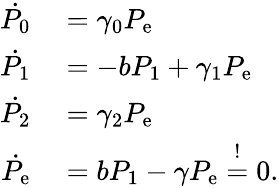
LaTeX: \begin{array}{rl}{\dot{P_{0}}}&{{}=\gamma_{0}P_{\mathrm{e}}}\\ {\dot{P_{1}}}&{{}=-bP_{1}+\gamma_{1}P_{\mathrm{e}}}\\ {\dot{P_{2}}}&{{}=\gamma_{2}P_{\mathrm{e}}}\\ {\dot{P_{\mathrm{e}}}}&{{}=bP_{1}-\gamma P_{\mathrm{e}}\overset{!}{=}0.}\end{array}